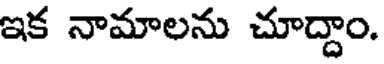
ఇక నామాలను చూద్దాం.